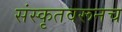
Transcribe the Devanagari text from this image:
संस्कृतवरूनच